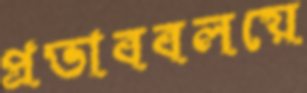
প্রভাববলয়ে